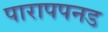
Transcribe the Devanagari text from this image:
पारापपनड